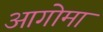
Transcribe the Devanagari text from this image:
आगोमा